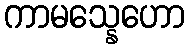
ကာမသ္နေဟော